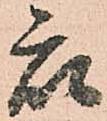
衆